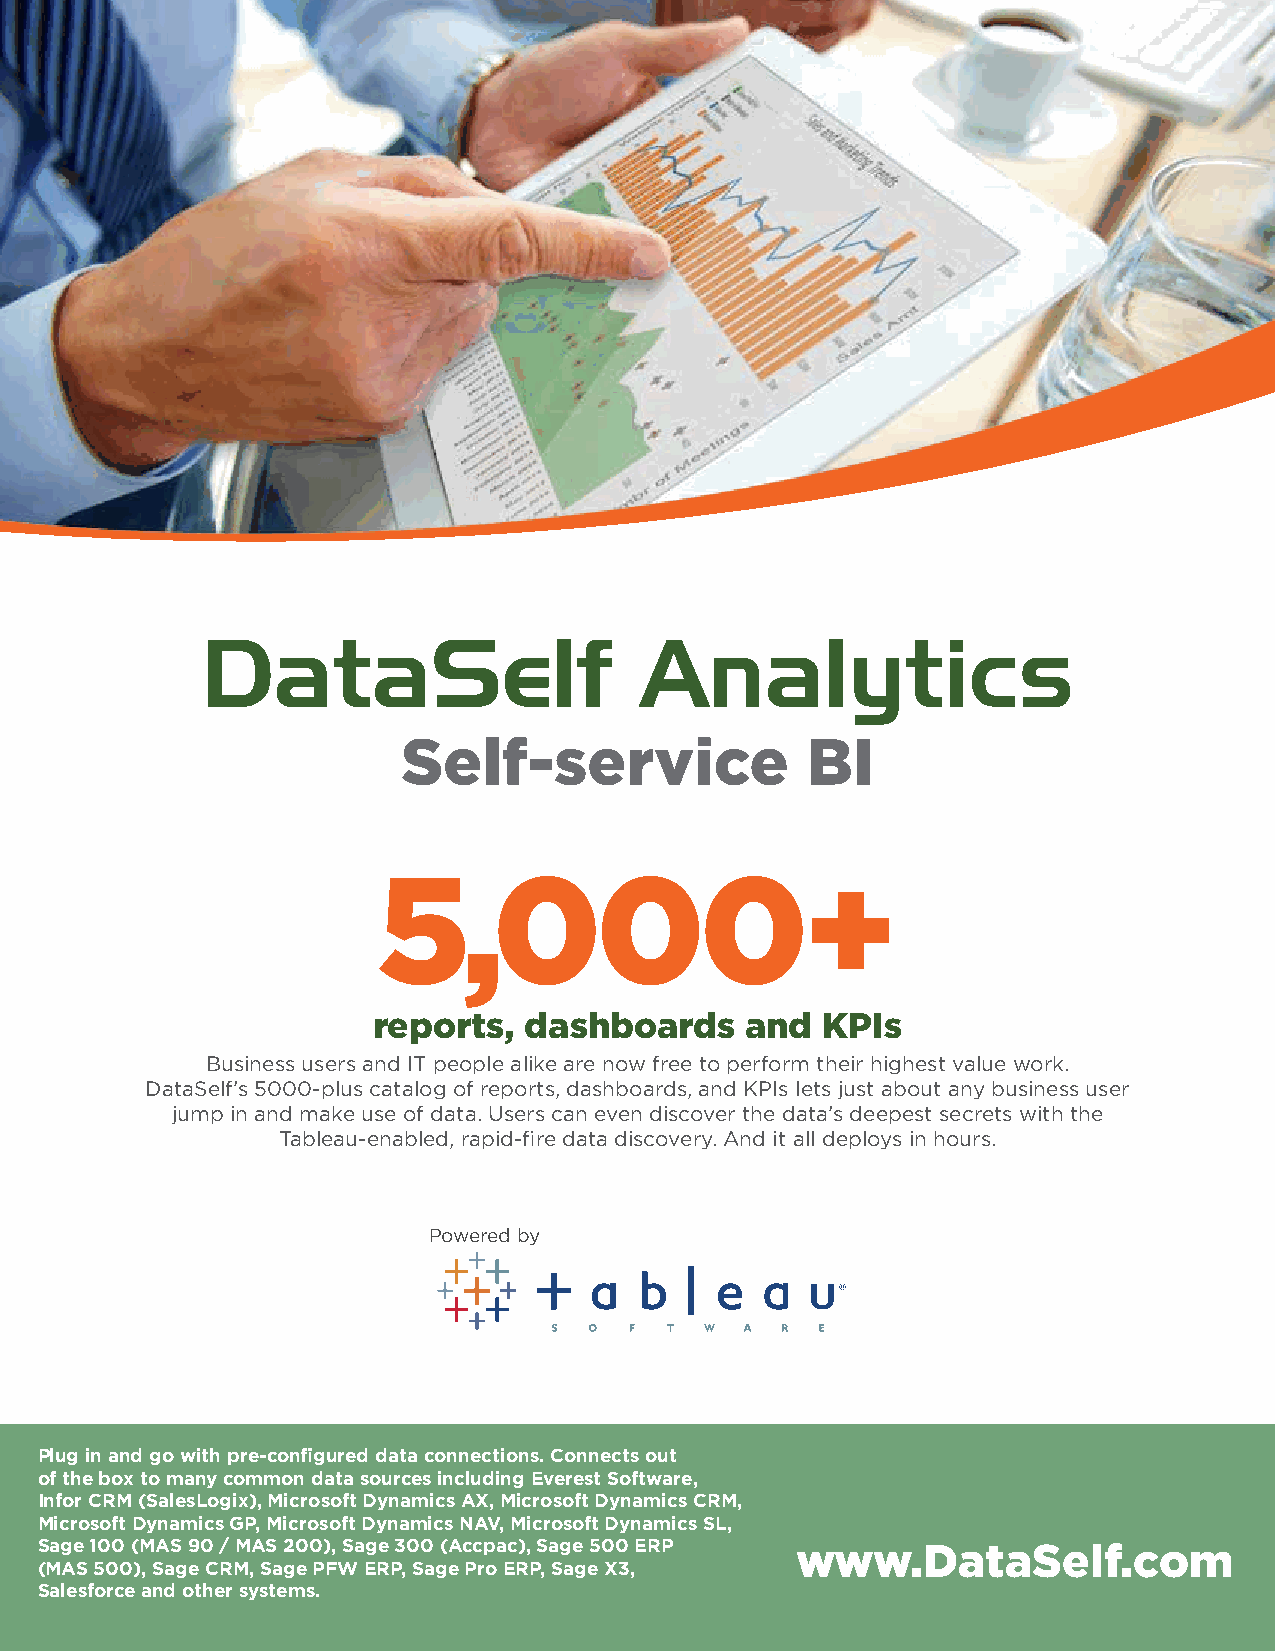
DataSelf                     Analytics
 Self-service              BI
 5,000+
 reports,  dashboards    and  KPIs
 Business users and IT people alike are now free to perform their highest value work.
 DataSelf’s 5000-plus catalog of reports, dashboards, and KPIs lets just about any business user
 jump in and make use of data. Users can even discover the data’s deepest secrets with the
 Tableau-enabled, rapid-fire data discovery. And it all deploys in hours.
 Powered by
 Plug in and go with pre-configured data connections. Connects out
 of the box to many common data sources including Everest Software,
 Infor CRM (SalesLogix), Microsoft Dynamics AX, Microsoft Dynamics CRM,
 Microsoft Dynamics GP, Microsoft Dynamics NAV, Microsoft Dynamics SL,
 Sage 100 (MAS 90 / MAS 200), Sage 300 (Accpac), Sage 500 ERP www.DataSelf.com
 (MAS 500), Sage CRM, Sage PFW ERP, Sage Pro ERP, Sage X3,
 Salesforce and other systems.